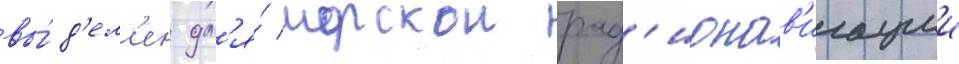
вы́д'ел'ен дл'я́ морскои рад'ионав'игации